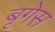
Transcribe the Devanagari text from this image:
बृगेस